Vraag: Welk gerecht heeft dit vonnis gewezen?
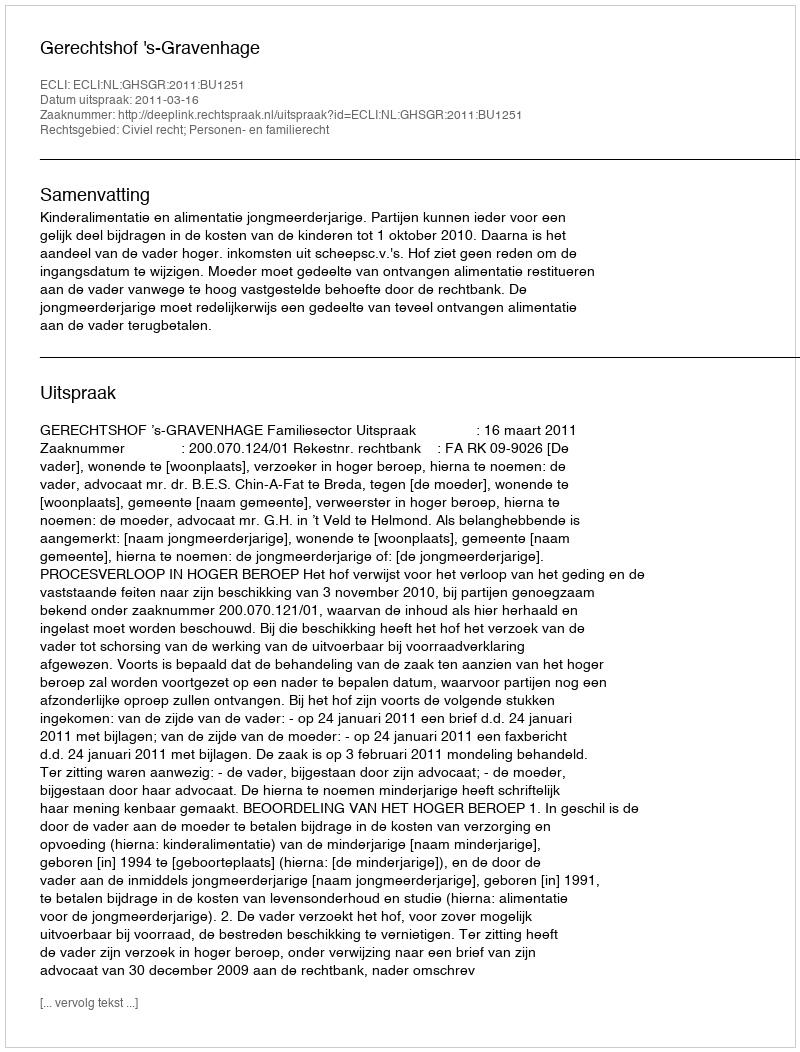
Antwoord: Gerechtshof 's-Gravenhage